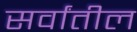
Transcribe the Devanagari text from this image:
सर्वांतील